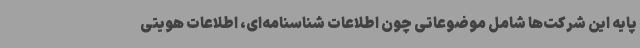
پایه این شرکت‌ها شامل موضوعاتی چون اطلاعات شناسنامه‌ای، اطلاعات هویتی